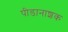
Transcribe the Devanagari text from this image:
पीडानाशक